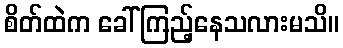
စိတ်ထဲက ခေါ်ကြည့်နေသလားမသိ။